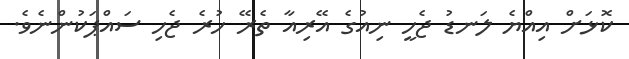
ކޮޅަށް އިއްޔެ ލަނޑު ޖެހީ ނިއުގެ އޭރިއާ ތެރޭ ހުރެ ޖެހި ސައްޕަކުންނެވެ.